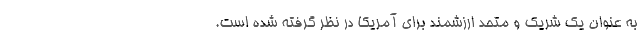
به عنوان یک شریک و متحد ارزشمند برای آمریکا در نظر گرفته شده است.